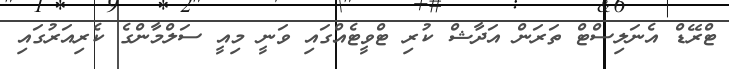
ޓްރޭޑް އެނަލިސްޓް ތަރަން އަދާޝް ކުރި ޓްވީޓެއްގައި ވަނީ މިއީ ސަލްމާންގެ ކެރިއަރުގައި